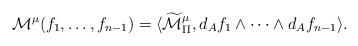
\begin{align*} \mathcal{M}^\mu(f_1,\ldots,f_{n-1})=\langle\widetilde{\mathcal{M}}_\Pi^\mu,d_{A}f_1\wedge\cdots\wedge d_{A}f_{n-1}\rangle.\end{align*}